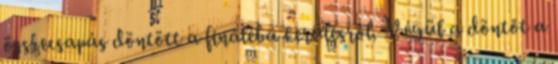
összecsapás döntött a fináléba kerülésről. Végül a döntőt a